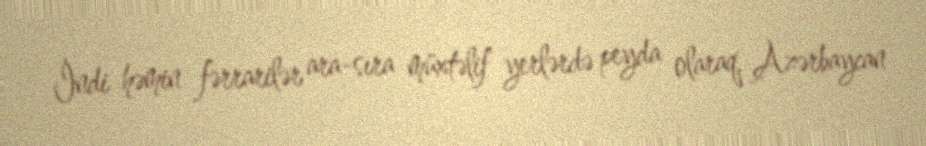
İndi həmin fərrarilər ara-sıra müxtəlif yerlərdə peyda olaraq, Azərbaycan